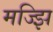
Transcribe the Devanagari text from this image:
मज्झि